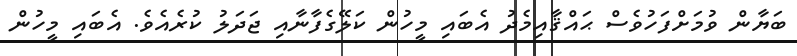
ބަޔާން ވުމަށްފަހުވެސް ޙައްޤާއިމެދު އެބައި މީހުން ކަލޭގެފާނާއި ޖަދަލު ކުރެއެވެ. އެބައި މީހުން